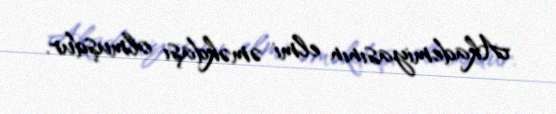
Akademiyasının elmi əməkdaşı olmuşdur.